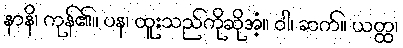
နာနိ၊ ကုန်၏။ ပန၊ ထူးသည်ကိုဆိုအံ့။ ဝါ၊ ဆက်။ ယတ္ထ၊